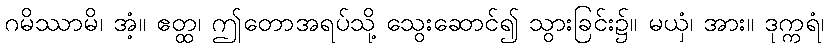
ဂမိဿာမိ၊ အံ့။ ဧတ္ထ၊ ဤတောအရပ်သို့ သွေးဆောင်၍ သွားခြင်း၌။ မယှံ၊ အား။ ဒုက္ကရံ၊